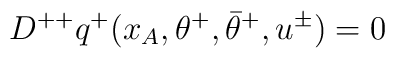
D^{++}q^+(x_A,\theta^+,\bar\theta^+,u^\pm) = 0